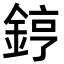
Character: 𨧤